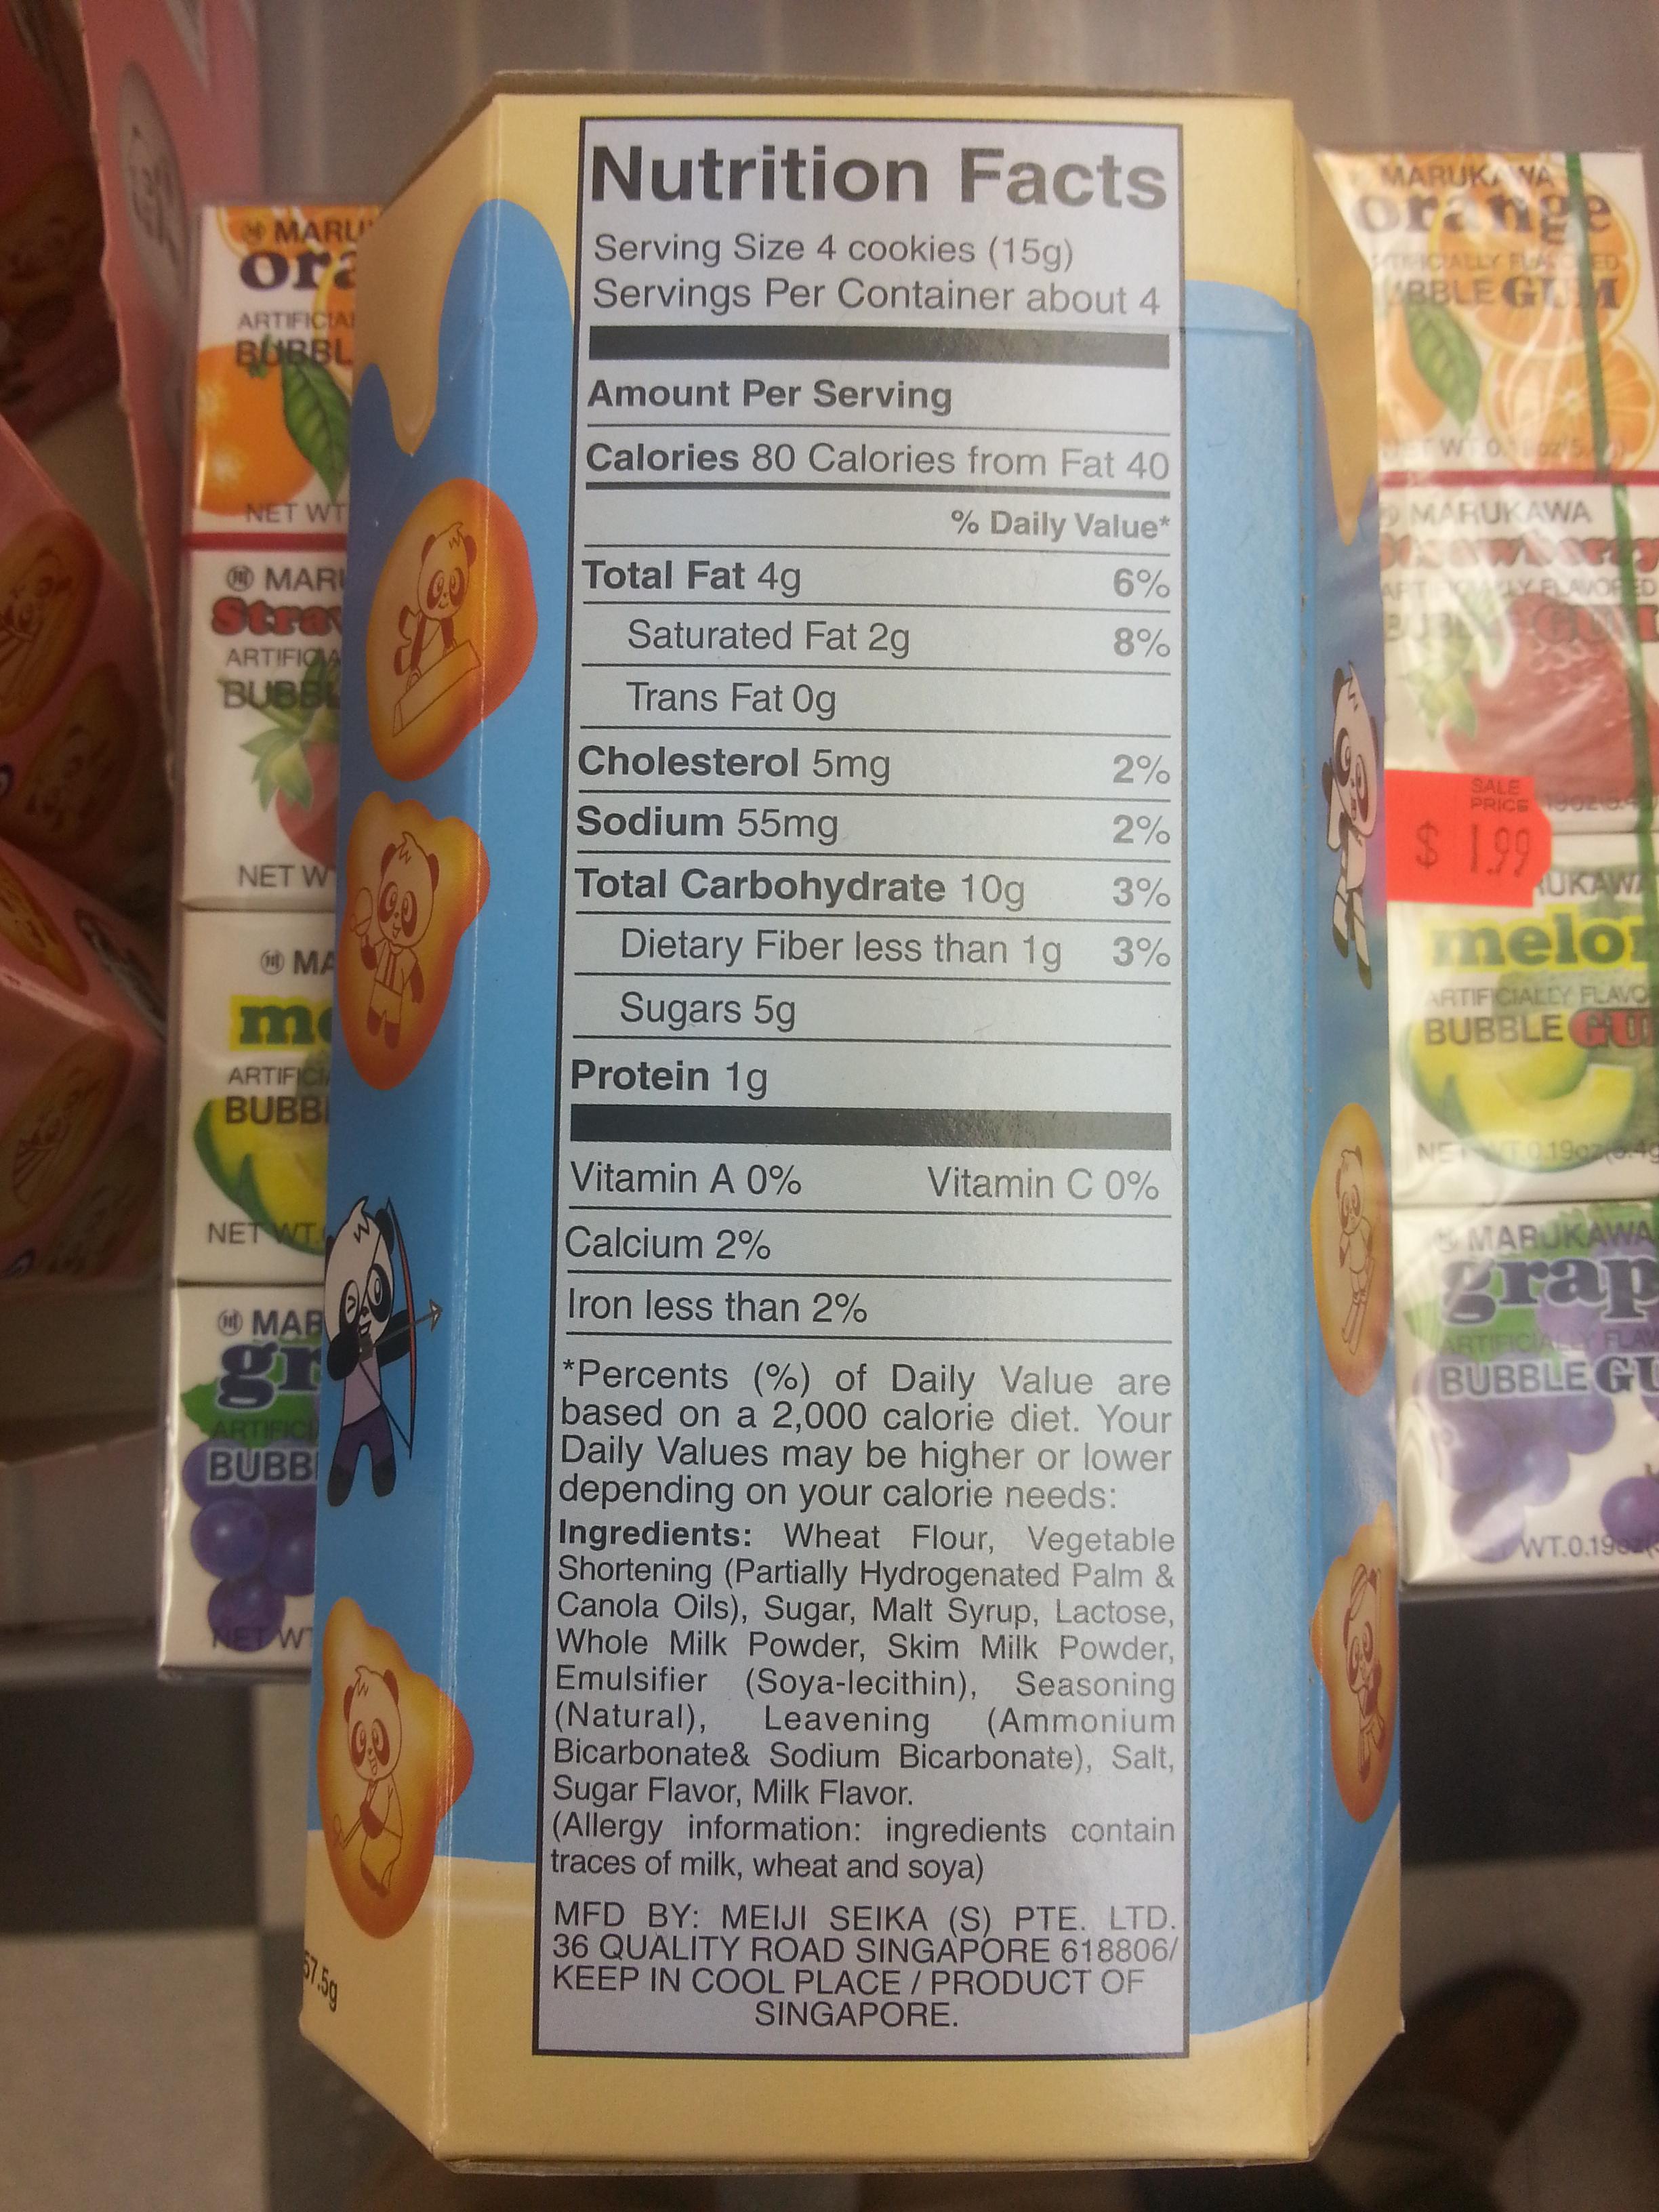
Co
MARU
ora
ARTIFICIAL
BUBBL
NET WT
MARI
Stra
ARTIFICIA
BUBBL
NET W
ARTIFICIA BUBBI
MA
mon
NET WT
6) MAR
gr
ARTIFICI BUBBI
NETW
9.0
(Q.
IN
20
K
Nutrition Facts
Serving Size 4 cookies (15g) Servings Per Container about 4
Amount Per Serving
Calories 80 Calories from Fat 40
Total Fat 4g
Saturated Fat 2g
Trans Fat Og
Cholesterol 5mg
Sodium 55mg
Total Carbohydrate 10g
Dietary Fiber less than 1g
Sugars 5g
Protein 1g
% Daily Value*
6%
8%
Vitamin A 0%
Calcium 2%
Iron less than 2%
2%
2%
3%
3%
Vitamin C 0%
*Percents (%) of Daily Value are based on a 2,000 calorie diet. Your Daily Values may be higher or lower depending on your calorie needs: Ingredients: Wheat Flour, Vegetable Shortening (Partially Hydrogenated Palm & Canola Oils), Sugar, Malt Syrup, Lactose, Whole Milk Powder, Skim Milk Powder, Emulsifier (Soya-lecithin), Seasoning (Natural), Leavening (Ammonium
Bicarbonate& Sodium Bicarbonate), Salt, Sugar Flavor, Milk Flavor.
(Allergy information: ingredients contain traces of milk, wheat and soya)
MFD BY: MEIJI SEIKA (S) PTE. LTD. 36 QUALITY ROAD SINGAPORE 618806/ KEEP IN COOL PLACE / PRODUCT OF SINGAPORE.
MARUKANA orange
3234
TIFICIALLY FLACED
ABBLE GAM
335
ETWO Loz
MARUKAWA
AFTFAY FLAVORED
SALE
PRICE 1902 04
$ 1.99
UKAW
nelo
ARTIFICIALLY FLAVO
BUBBLE GU
NETT01906:49
MARUKAWA
grap
ARTIFICIALLY FLAW
BUBBLE GU
WT.0.198